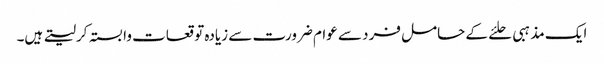
ایک مذہبی حلئے کے حامل فرد سے عوام ضرورت سے زیادہ توقعات وابستہ کرلیتے ہیں۔